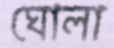
ঘোলা